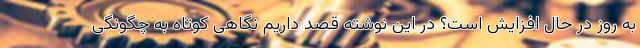
به روز در حال افزایش است؟ در این نوشته قصد داریم نگاهی کوتاه به چگونگی